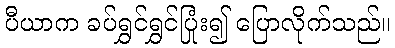
ပီယာက ခပ်ရွှင်ရွှင်ပြုံး၍ ပြောလိုက်သည်။